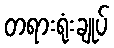
တရားရုံးချုပ်